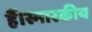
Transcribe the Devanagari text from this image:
हैं।स्मारकीय